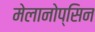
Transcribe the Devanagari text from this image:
मेलानोप्सिन